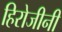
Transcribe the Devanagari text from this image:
हिरोजीनी